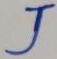
Text: J